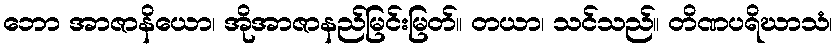
ဘော အာဇာနိယော၊ အိုအာဇာနည်မြင်းမြတ်။ တယာ၊ သင်သည်။ တိဏပရိဃာသံ၊